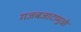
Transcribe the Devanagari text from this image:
गजबजाटामुळे